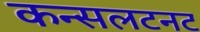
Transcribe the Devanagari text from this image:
कन्सलटनट